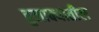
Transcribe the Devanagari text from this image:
तुलाक्यातील